Insane asylums Bombay 1873-77 - 1873-1877
Year: 1873
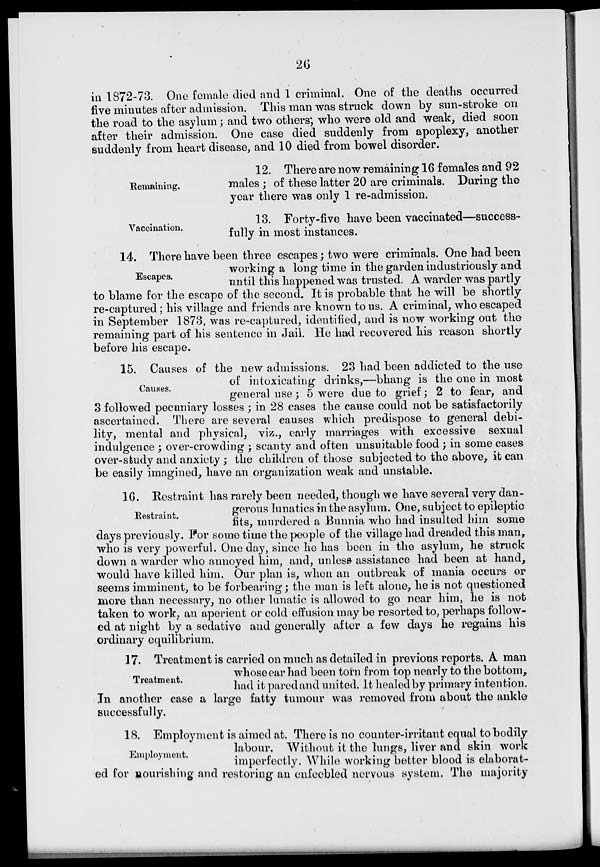
26
in 1872-73. One female died and 1 criminal. One of the deaths occurred
five minutes after admission. This man was struck down by sun-stroke on
the road to the asylum; and two others; who were old and weak, died soon
after their admission. One case died suddenly from apoplexy, another
suddenly from heart disease, and 10 died from bowel disorder.
Remaining.
12. There are now remaining 16 females and 92
males ; of these latter 20 are criminals. During the
year there was only 1 re-admission.
Vaccination.
13. Forty-five have been vaccinated—success-
fully in most instances.
Escapes.
14. There have been three escapes; two were criminals. One had been
working a long time in the garden industriously and
until this happened was trusted. A warder was partly
to blame for the escape of the second. It is probable that he will be shortly
re-captured; his village and friends are known to us. A criminal, who escaped
in September 1873, was re-captured, identified, and is now working out the
remaining part of his sentence in Jail. He had recovered his reason shortly
before his escape.
Causes.
15. Causes of the new admissions. 23 had been addicted to the use
of intoxicating drinks,—bhang is the one in most
general use; 5 were due to grief; 2 to fear, and
3 followed pecuniary losses ; in 28 cases the cause could not be satisfactorily
ascertained. There are several causes which predispose to general debi-
lity, mental and physical, viz., early marriages with excessive sexual
indulgence ; over-crowding ; scanty and often unsuitable food; in some cases
over-study and anxiety ; the children of those subjected to the above, it can
be easily imagined, have an organization weak and unstable.
Restraint.
16. Restraint has rarely been needed, though we have several very dan-
gerous lunatics in the asylum. One, subject to epileptic
fits, murdered a Bunnia who had insulted him some
days previously. For some time the people of the village had dreaded this man,
who is very powerful. One day, since he has been in the asylum, he struck
down a warder who annoyed him, and, unless assistance had been at hand,
would have killed him. Our plan is, when an outbreak of mania occurs or
seems imminent, to be forbearing; the man is left alone, he is not questioned
more than necessary, no other lunatic is allowed to go near him, he is not
taken to work, an aperient or cold effusion may be resorted to, perhaps follow-
ed at night by a sedative and generally after a few days he regains his
ordinary equilibrium.
Treatment.
17. Treatment is carried on much as detailed in previous reports. A man
whose ear had been torn from top nearly to the bottom,
had it pared and united. It healed by primary intention.
In another case a large fatty tumour was removed from about the ankle
successfully.
Employment.
18. Employment is aimed at. There is no counter-irritant equal to bodily
labour. Without it the lungs, liver and skin work
imperfectly. While working better blood is elaborat-
ed for nourishing and restoring an enfeebled nervous system. The majority